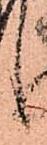
候